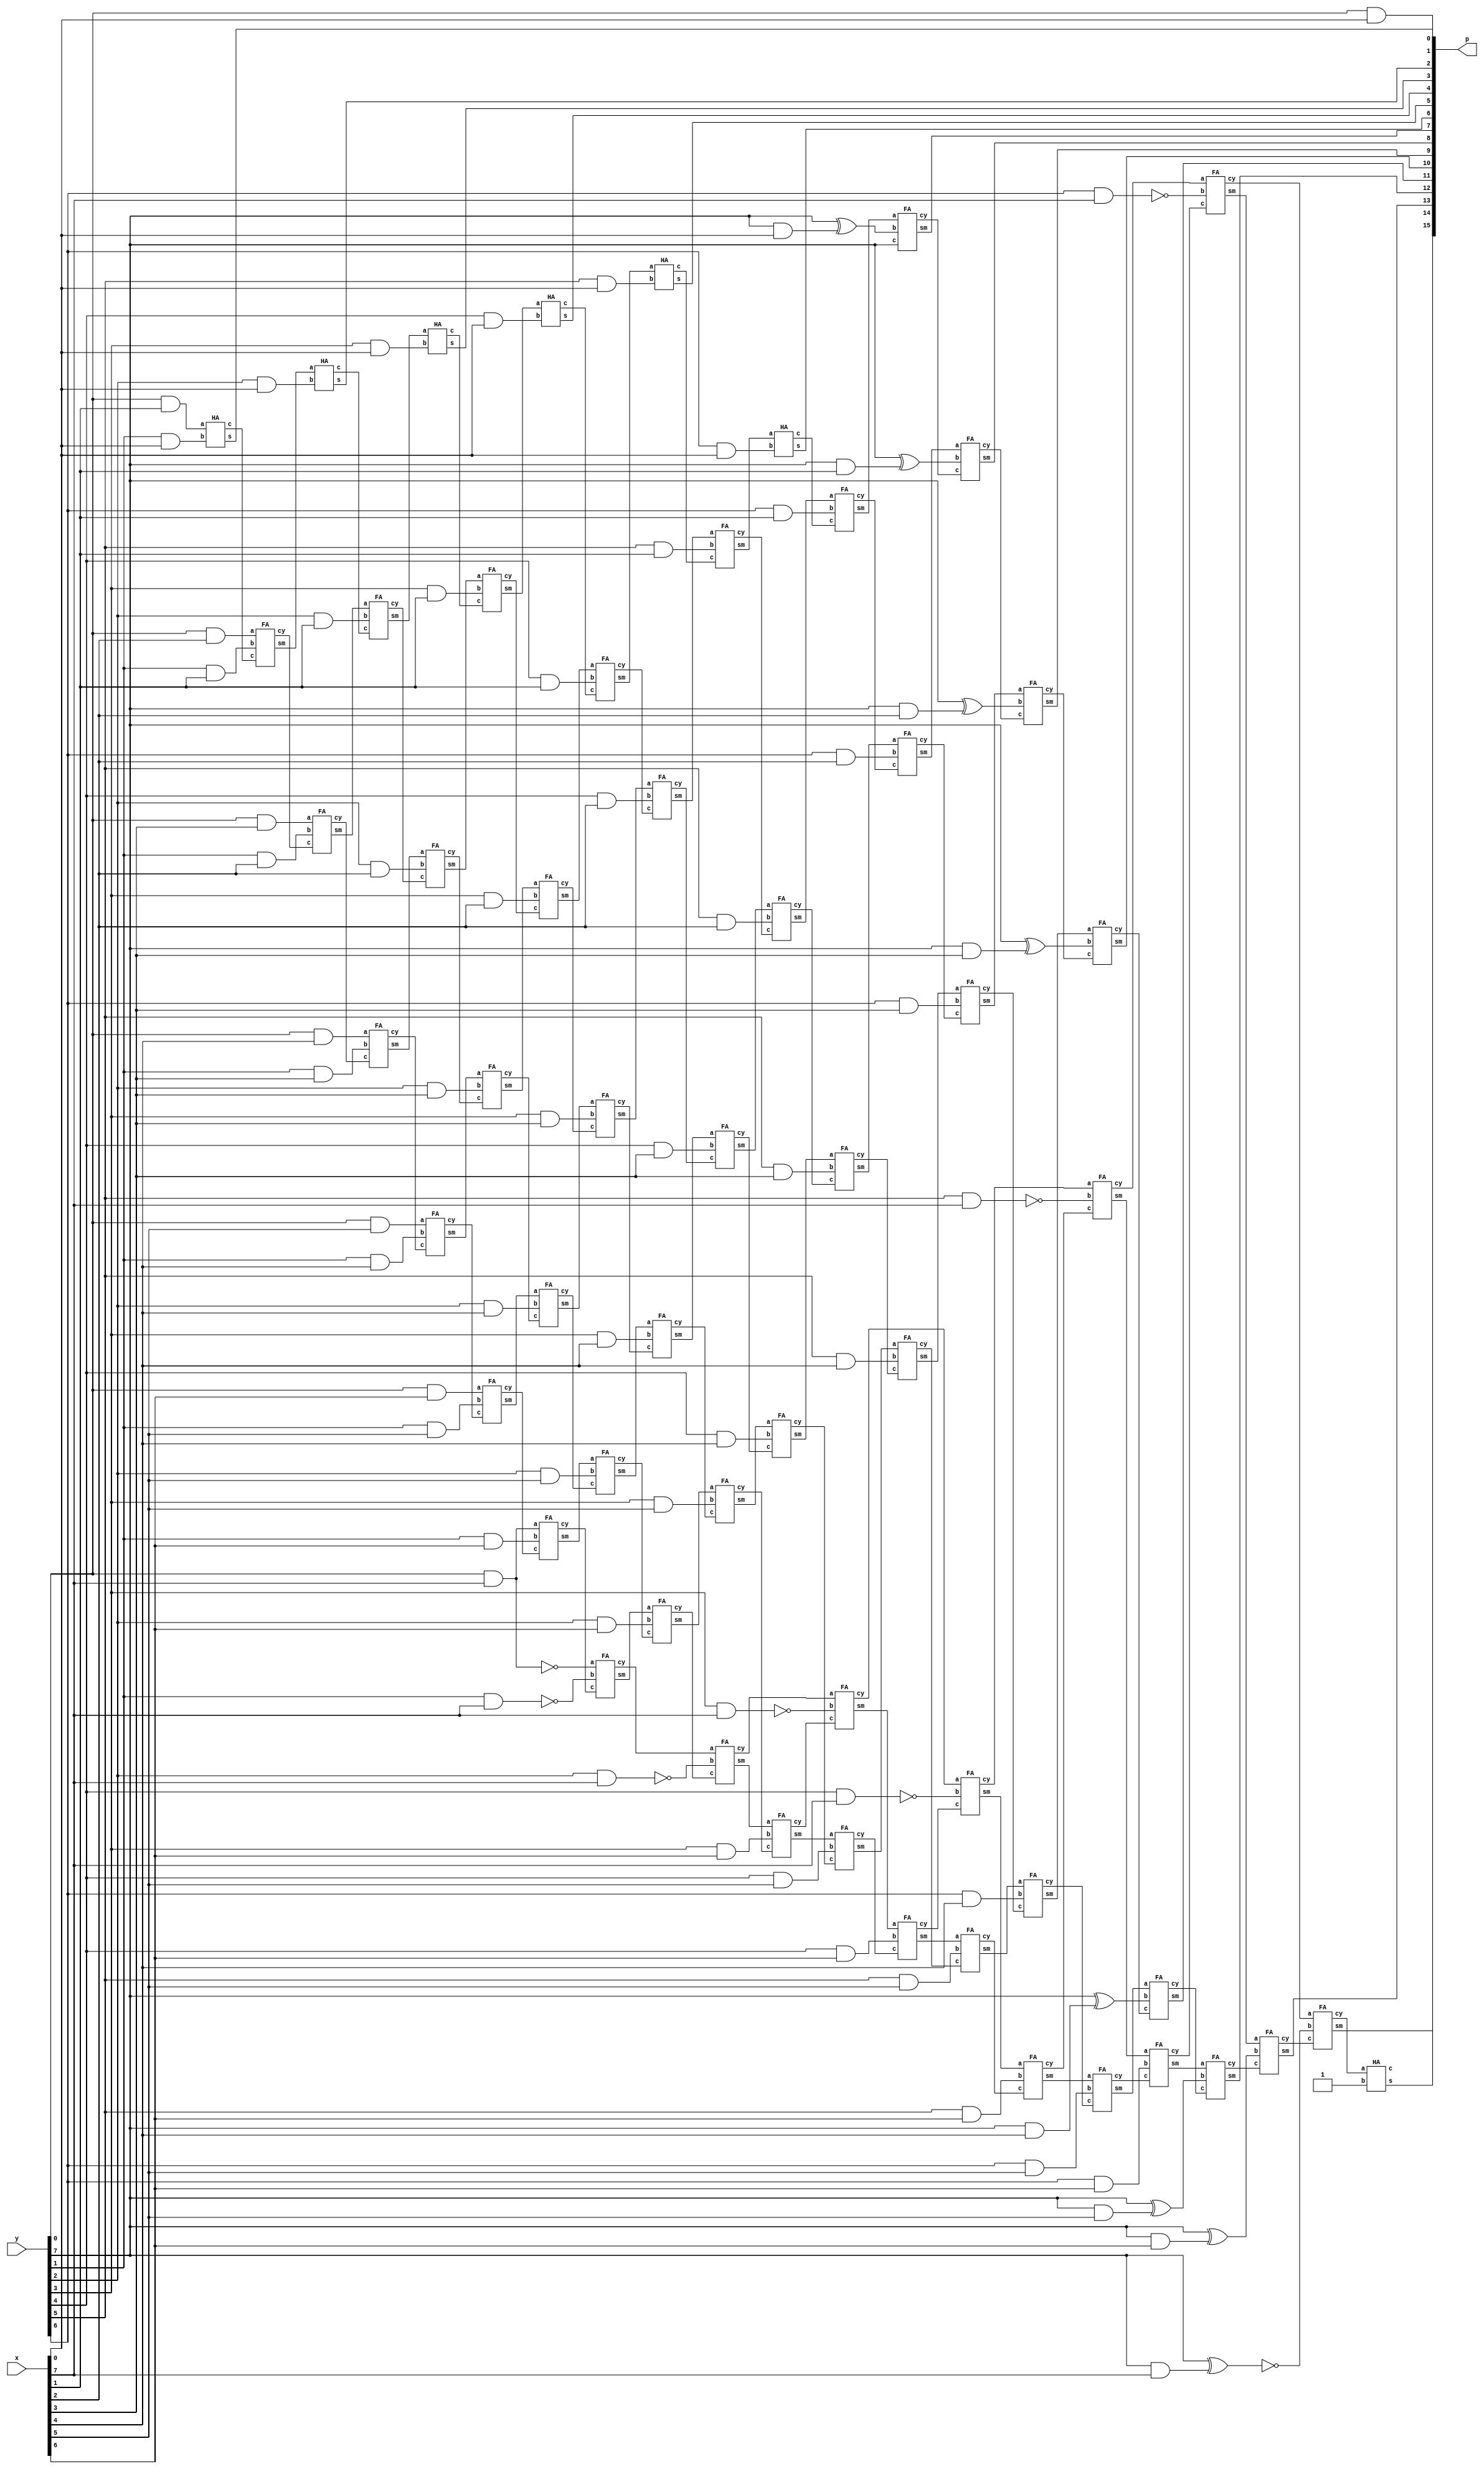
module main(x,y,p);
input [7:0] x,y;
output [15:0] p;
wire [6:0] ip1;
wire [7:0] ip2,ip3,ip4,ip5,ip6,ip7,ip8,si,iip;
wire [6:0] s1,s2,s3,s4,s5,s6;
wire [7:0] c1,c2,c3,c4,c5,c6,c7;
wire c;
// first AND array
and fi1(p[0],y[0],x[0]);
and fi2(ip1[0],y[0],x[1]);
and fi3(ip1[1],y[0],x[2]);
and fi4(ip1[2],y[0],x[3]);
and fi5(ip1[3],y[0],x[4]);
and fi6(ip1[4],y[0],x[5]);
and fi7(ip1[5],y[0],x[6]);
and fi8(ip1[6],y[0],x[7]);
not n1(si[0],ip1[6]);

// second AND array and NOT GATES
and se1(ip2[0],y[1],x[0]);
and se2(ip2[1],y[1],x[1]);
and se3(ip2[2],y[1],x[2]);
and se4(ip2[3],y[1],x[3]);
and se5(ip2[4],y[1],x[4]);
and se6(ip2[5],y[1],x[5]);
and se7(ip2[6],y[1],x[6]);
and se8(ip2[7],y[1],x[7]);
not n2(si[1],ip2[7]);

//third

and th1(ip3[0],y[2],x[0]);
and th2(ip3[1],y[2],x[1]);
and th3(ip3[2],y[2],x[2]);
and th4(ip3[3],y[2],x[3]);
and th5(ip3[4],y[2],x[4]);
and th6(ip3[5],y[2],x[5]);
and th7(ip3[6],y[2],x[6]);
and th8(ip3[7],y[2],x[7]);
not n3(si[2],ip3[7]);

//fourth

and fo1(ip4[0],y[3],x[0]);
and fo2(ip4[1],y[3],x[1]);
and fo3(ip4[2],y[3],x[2]);
and fo4(ip4[3],y[3],x[3]);
and fo5(ip4[4],y[3],x[4]);
and fo6(ip4[5],y[3],x[5]);
and fo7(ip4[6],y[3],x[6]);
and fo8(ip4[7],y[3],x[7]);
not n4(si[3],ip4[7]);

//fifth

and fif1(ip5[0],y[4],x[0]);
and fif2(ip5[1],y[4],x[1]);
and fif3(ip5[2],y[4],x[2]);
and fif4(ip5[3],y[4],x[3]);
and fif5(ip5[4],y[4],x[4]);
and fif6(ip5[5],y[4],x[5]);
and fif7(ip5[6],y[4],x[6]);
and fif8(ip5[7],y[4],x[7]);
not n5(si[4],ip5[7]);

//sixth

and si1(ip6[0],y[5],x[0]);
and si2(ip6[1],y[5],x[1]);
and si3(ip6[2],y[5],x[2]);
and si4(ip6[3],y[5],x[3]);
and si5(ip6[4],y[5],x[4]);
and si6(ip6[5],y[5],x[5]);
and si7(ip6[6],y[5],x[6]);
and si8(ip6[7],y[5],x[7]);
not n6(si[5],ip6[7]);

//seventh

and sev1(ip7[0],y[6],x[0]);
and sev2(ip7[1],y[6],x[1]);
and sev3(ip7[2],y[6],x[2]);
and sev4(ip7[3],y[6],x[3]);
and sev5(ip7[4],y[6],x[4]);
and sev6(ip7[5],y[6],x[5]);
and sev7(ip7[6],y[6],x[6]);
and sev8(ip7[7],y[6],x[7]);
not n7(si[6],ip7[7]);

//eight

and eii1(iip[0],y[7],x[0]);
and eii2(iip[1],y[7],x[1]);
and eii3(iip[2],y[7],x[2]);
and eii4(iip[3],y[7],x[3]);
and eii5(iip[4],y[7],x[4]);
and eii6(iip[5],y[7],x[5]);
and eii7(iip[6],y[7],x[6]);
and eii8(iip[7],y[7],x[7]);

xor ei1(ip8[0],y[7],iip[0]);
xor ei2(ip8[1],y[7],iip[1]);
xor ei3(ip8[2],y[7],iip[2]);
xor ei4(ip8[3],y[7],iip[3]);
xor ei5(ip8[4],y[7],iip[4]);
xor ei6(ip8[5],y[7],iip[5]);
xor ei7(ip8[6],y[7],iip[6]);
xor ei8(ip8[7],y[7],iip[7]);
not n8(si[7],ip8[7]);


//first adder array
HA ha1(ip1[0],ip2[0],c1[0],p[1]);
FA fa1(ip1[1],ip2[1],c1[0],c1[1],s1[0]);
FA fa2(ip1[2],ip2[2],c1[1],c1[2],s1[1]);
FA fa3(ip1[3],ip2[3],c1[2],c1[3],s1[2]);
FA fa4(ip1[4],ip2[4],c1[3],c1[4],s1[3]);
FA fa5(ip1[5],ip2[5],c1[4],c1[5],s1[4]);
FA fa6(ip1[6],ip2[6],c1[5],c1[6],s1[5]);
FA fa7(si[0],si[1],c1[6],c1[7],s1[6]);

//second adder array
HA ha2(s1[0],ip3[0],c2[0],p[2]);
FA sa1(s1[1],ip3[1],c2[0],c2[1],s2[0]);
FA sa2(s1[2],ip3[2],c2[1],c2[2],s2[1]);
FA sa3(s1[3],ip3[3],c2[2],c2[3],s2[2]);
FA sa4(s1[4],ip3[4],c2[3],c2[4],s2[3]);
FA sa5(s1[5],ip3[5],c2[4],c2[5],s2[4]);
FA sa6(s1[6],ip3[6],c2[5],c2[6],s2[5]);
FA sa7(c1[7],si[2],c2[6],c2[7],s2[6]);

//third adder

HA ha3(s2[0],ip4[0],c3[0],p[3]);
FA ta1(s2[1],ip4[1],c3[0],c3[1],s3[0]);
FA ta2(s2[2],ip4[2],c3[1],c3[2],s3[1]);
FA ta3(s2[3],ip4[3],c3[2],c3[3],s3[2]);
FA ta4(s2[4],ip4[4],c3[3],c3[4],s3[3]);
FA ta5(s2[5],ip4[5],c3[4],c3[5],s3[4]);
FA ta6(s2[6],ip4[6],c3[5],c3[6],s3[5]);
FA ta7(c2[7],si[3],c3[6],c3[7],s3[6]);

//fourth adder

HA ha4(s3[0],ip5[0],c4[0],p[4]);
FA foa1(s3[1],ip5[1],c4[0],c4[1],s4[0]);
FA foa2(s3[2],ip5[2],c4[1],c4[2],s4[1]);
FA foa3(s3[3],ip5[3],c4[2],c4[3],s4[2]);
FA foa4(s3[4],ip5[4],c4[3],c4[4],s4[3]);
FA foa5(s3[5],ip5[5],c4[4],c4[5],s4[4]);
FA foa6(s3[6],ip5[6],c4[5],c4[6],s4[5]);
FA foa7(c3[7],si[4],c4[6],c4[7],s4[6]);

//fifth adder

HA ha5(s4[0],ip6[0],c5[0],p[5]);
FA fia1(s4[1],ip6[1],c5[0],c5[1],s5[0]);
FA fia2(s4[2],ip6[2],c5[1],c5[2],s5[1]);
FA fia3(s4[3],ip6[3],c5[2],c5[3],s5[2]);
FA fia4(s4[4],ip6[4],c5[3],c5[4],s5[3]);
FA fia5(s4[5],ip6[5],c5[4],c5[5],s5[4]);
FA fia6(s4[6],ip6[6],c5[5],c5[6],s5[5]);
FA fia7(c4[7],si[5],c5[6],c5[7],s5[6]);

//sixth adder


HA ha6(s5[0],ip7[0],c6[0],p[6]);
FA sia1(s5[1],ip7[1],c6[0],c6[1],s6[0]);
FA sia2(s5[2],ip7[2],c6[1],c6[2],s6[1]);
FA sia3(s5[3],ip7[3],c6[2],c6[3],s6[2]);
FA sia4(s5[4],ip7[4],c6[3],c6[4],s6[3]);
FA sia5(s5[5],ip7[5],c6[4],c6[5],s6[4]);
FA sia6(s5[6],ip7[6],c6[5],c6[6],s6[5]);
FA sia7(c5[7],si[6],c6[6],c6[7],s6[6]);

//seventh adder


FA ha7(s6[0],ip8[0],y[7],c7[0],p[7]);
FA sea1(s6[1],ip8[1],c7[0],c7[1],p[8]);
FA sea2(s6[2],ip8[2],c7[1],c7[2],p[9]);
FA sea3(s6[3],ip8[3],c7[2],c7[3],p[10]);
FA sea4(s6[4],ip8[4],c7[3],c7[4],p[11]);
FA sea5(s6[5],ip8[5],c7[4],c7[5],p[12]);
FA sea6(s6[6],ip8[6],c7[5],c7[6],p[13]);
FA sea7(c6[7],si[7],c7[6],c7[7],p[14]);
HA ha8(c7[7],1'b1,c,p[15]);


endmodule

module HA(a,b,c,s);
input a,b;
output c,s;
xor x1(s,a,b);
and a1(c,a,b);
endmodule

module FA(a,b,c,cy,sm);
input a,b,c;
output cy,sm;
wire x,y,z;
HA h1(a,b,x,z);
HA h2(z,c,y,sm);
or o1(cy,x,y);
endmodule